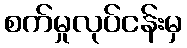
စက်မှုလုပ်ငန်းမှ